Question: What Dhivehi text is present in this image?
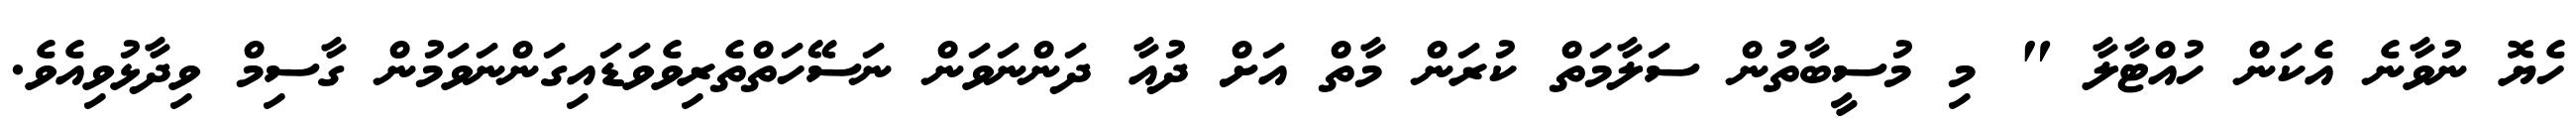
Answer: ހެޔޮ ނުވާނެ އެކަން ހުއްޓާލާ " މި މުސީބާތުން ސަލާމަތް ކުރަން މާތް އަށް ދުއާ ދަންނަވަން ނަސޭހަތްތެރިވެވަޑައިގަންނަވަމުން ގާސިމް ވިދާޅުވިއެވެ.